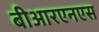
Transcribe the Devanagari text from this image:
बीआरएनएस